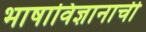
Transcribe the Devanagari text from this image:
भाषाविज्ञानाची